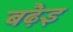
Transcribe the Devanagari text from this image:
बढ़ैइ